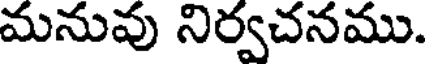
మనువు నిర్వచనము.